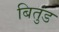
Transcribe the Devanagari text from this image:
बितुंड